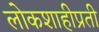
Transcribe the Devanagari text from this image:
लोकशाहीप्रती